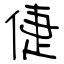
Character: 倢